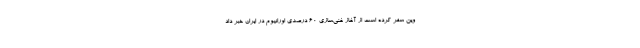
وین سفر کرده است از آغاز غنی‌سازی ۶۰ درصدی اورانیوم در ایران خبر داد